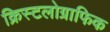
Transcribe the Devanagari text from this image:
क्रिस्टलोग्राफिक